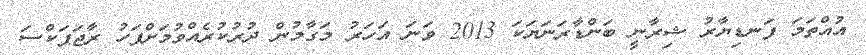
އުއްތަމަ ފަނޑިޔާރު ޝިރާނީ ބަންޑާރަނަޔަކަ 2013 ވަނަ އަހަރު މަގާމުން ދުރުކުރެއްވުމަށްފަހު ރާޖަޕަކްސަ